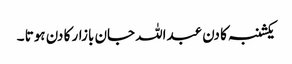
یکشنبہ کا دن عبداللہ جان بازار کا دن ہوتا ۔